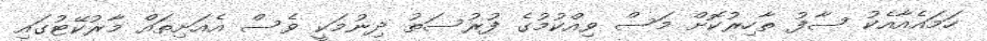
ހަމައެއާއެކު ސާފު ތާހިރުކޮށް މަސް ވިއްކުމުގެ ފުރުސަތު ދިނުމަކީ ވެސް އެއަށިތައް މާރުކޭޓުގައި